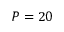
P = 2 0